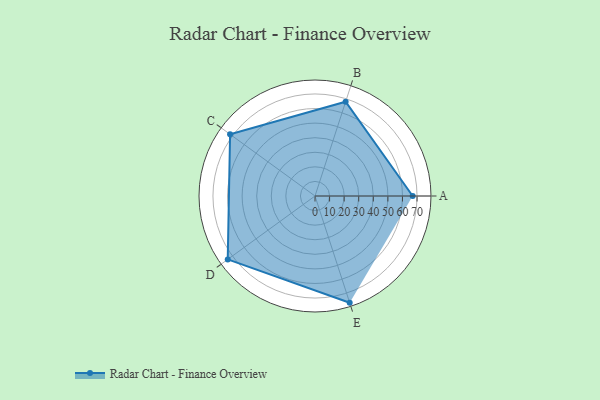
{"axis": {"x": "Skill", "y": "Score"}, "legend": ["Profile"], "data": [{"x": "A", "y": 67.0, "type": "Profile"}, {"x": "B", "y": 68.0, "type": "Profile"}, {"x": "C", "y": 72.0, "type": "Profile"}, {"x": "D", "y": 74.0, "type": "Profile"}, {"x": "E", "y": 77.0, "type": "Profile"}]}